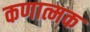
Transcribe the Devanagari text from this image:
कणात्मक